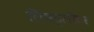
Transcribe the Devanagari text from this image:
लिचट्लीटर